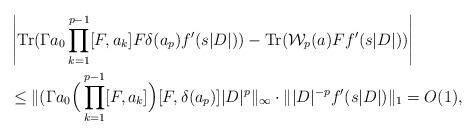
LaTeX: \begin{align*}&\left|{\rm Tr}(\Gamma a_0\prod_{k=1}^{p-1}[F,a_k]F\delta(a_p)f'(s|D|))-{\rm Tr}(\mathcal{W}_p(a)Ff'(s|D|))\right|\\&\leq\|(\Gamma a_0\Big(\prod_{k=1}^{p-1}[F,a_k]\Big)[F,\delta(a_p)]|D|^p\|_{\infty}\cdot\||D|^{-p}f'(s|D|)\|_1=O(1),\end{align*}